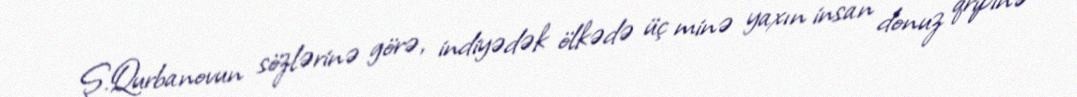
Ş.Qurbanovun sözlərinə görə, indiyədək ölkədə üç minə yaxın insan donuz qripinə